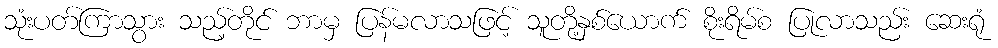
သုံးပတ်ကြာသွား သည့်တိုင် ဘာမှ ပြန်မလာသဖြင့် သူတို့နှစ်ယောက် စိုးရိမ်စ ပြုလာသည်း ဆေးရုံ